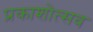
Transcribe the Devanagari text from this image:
प्रकाशोत्‍सव